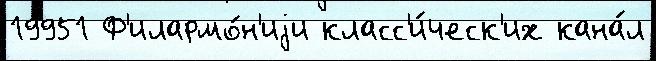
19951 Ф'илармо́н'иjи класс'и́ческ'их кана́л